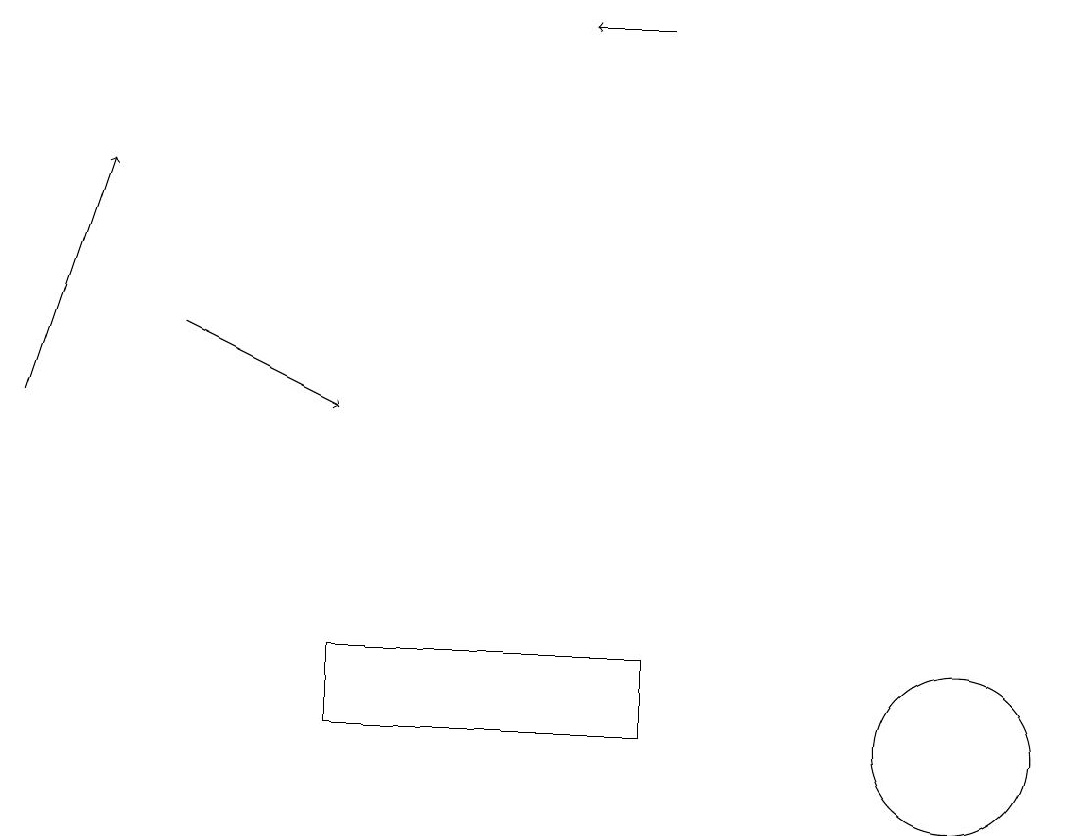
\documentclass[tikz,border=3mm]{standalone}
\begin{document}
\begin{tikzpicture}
\draw[->] (0,14) -- (1,17);
\draw (12,10) circle (1);
\draw[->] (8,19) -- (7,19);
\draw[->] (2,15) -- (4,14);
\draw (4,11) rectangle (8,10);
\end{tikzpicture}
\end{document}